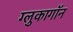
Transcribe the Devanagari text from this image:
ग्लुकागॉन